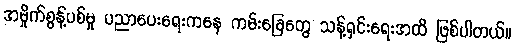
အမှိုက်စွန့်ပစ်မှု ပညာပေးရေးကနေ ကမ်းခြေတွေ သန့်ရှင်းရေးအထိ ဖြစ်ပါတယ်။